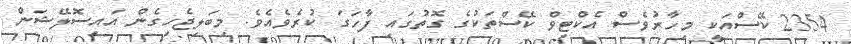
2354 ކޭސްއަކީ މިހާރުވެސް އެކްޓިވް ކޭސްތަކުގެ ގޮތުގައި ފާހަގަ ކުރެވެއެވެ. މިބަލިޖެހިގެން އައިސޮލޭޝަން